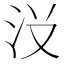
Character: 𱥺